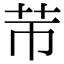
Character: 䒥